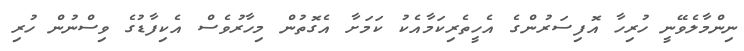
ނިންމާލެވޭނީ ހުރިހާ އޮފިސަރުންގެ އެހީތެރިކަމާއެކު ކަމަށާ އެގޮތުން މިހާރުވެސް އެކިފާޑުގެ ވިސްނުން ހުރި